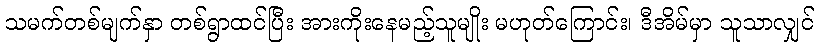
သမက်တစ်မျက်နှာ တစ်ရွာထင်ပြီး အားကိုးနေမည့်သူမျိုး မဟုတ်ကြောင်း၊ ဒီအိမ်မှာ သူသာလျှင်